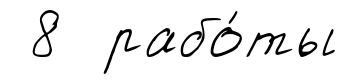
8 рабо́ты